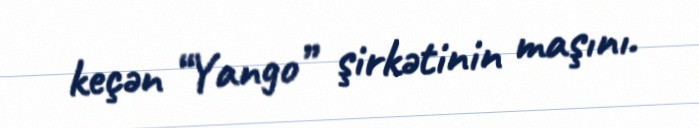
keçən “Yango” şirkətinin maşını.